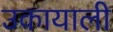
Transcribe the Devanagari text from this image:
उकायाली